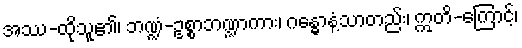
အဿ-ထိုသူ၏၊ ဘဏ္ဍံ-ဥစ္စာဘဏ္ဍာကား၊ ဂန္ဓောနံ့သာတည်း၊ ဣတိ-ကြောင့်၊